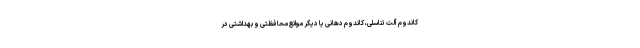
کاندوم آلت تناسلی، کاندوم دهانی یا دیگر موانع محافظتی و بهداشتی در